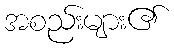
အစည်းများ၏